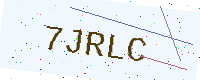
Text: 7JRLC